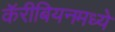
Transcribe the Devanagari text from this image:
कॅरीबियनमध्ये